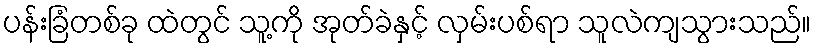
ပန်းခြံတစ်ခု ထဲတွင် သူ့ကို အုတ်ခဲနှင့် လှမ်းပစ်ရာ သူလဲကျသွားသည်။